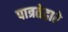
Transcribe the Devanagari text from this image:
पात्रतेद्वारे